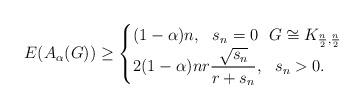
LaTeX: \begin{align*}E(A_\alpha(G))\geq\begin{cases}(1-\alpha)n,\,\,\,\, s_n=0\,\, \,\, G\cong K_{\frac{n}{2},\frac{n}{2}}\\2(1-\alpha)nr\dfrac{\sqrt{s_n}}{r+s_n}, \,\, \,\, s_n>0. \end{cases}\end{align*}